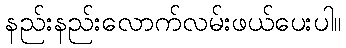
နည်းနည်းလောက်လမ်းဖယ်ပေးပါ။